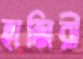
হাজিরী